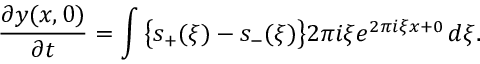
{ \frac { \partial y ( x , 0 ) } { \partial t } } = \int { \bigl \{ } s _ { + } ( \xi ) - s _ { - } ( \xi ) { \bigr \} } 2 \pi i \xi e ^ { 2 \pi i \xi x + 0 } \, d \xi .